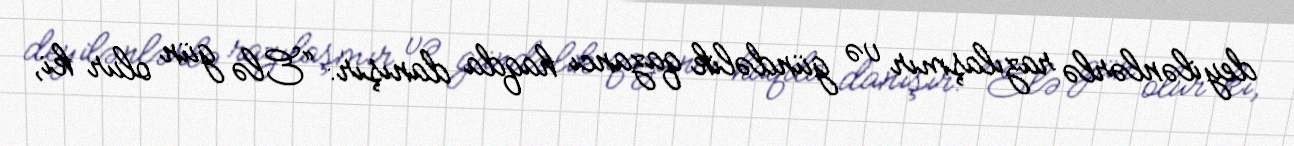
deyilənlərlə razılaşmır və gündəlik qazancı haqda danışır: “Elə gün olur ki,